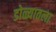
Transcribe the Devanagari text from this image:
डोळ्यातला